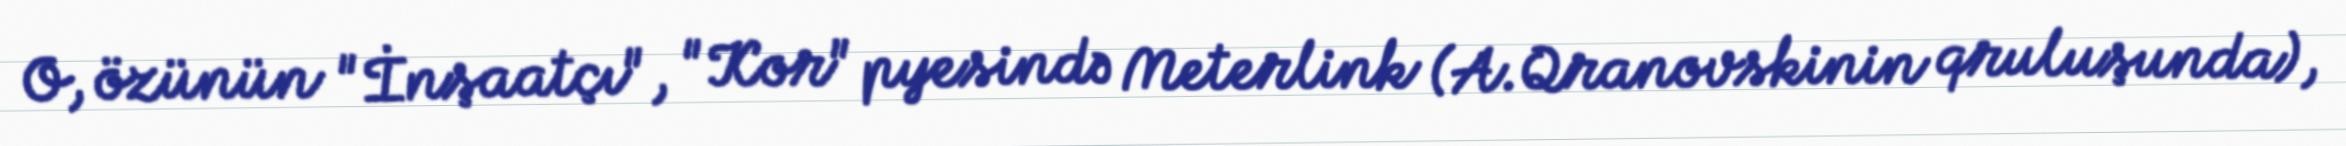
O, özünün "İnşaatçı", "Kor" pyesində Meterlink (A.Qranovskinin qruluşunda),